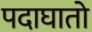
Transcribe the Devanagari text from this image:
पदाघातो